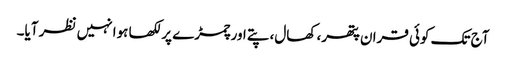
آج تک کوئی قران پتھر، کھال، پتے اور چمڑے پر لکھا ہوا نہیں نظر آیا۔